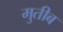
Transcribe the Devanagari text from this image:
मुतीब